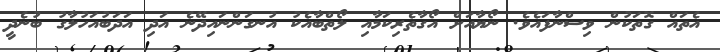
އެތައް ގޮތަކުން ވިސްނާފައެވެ. ނޯޔާއަށް އޯގާތެރިކަމާއި ލޯތްބާއެކު އުނގަންނައިދޭނެ އަދި އަދަބުއަހުލާގު ބުނެދީ